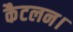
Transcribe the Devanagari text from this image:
कैटलन।